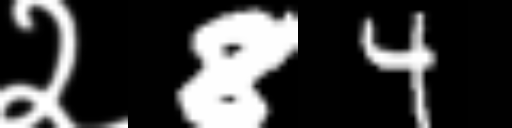
Text: २84